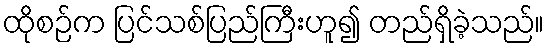
ထိုစဉ်က ပြင်သစ်ပြည်ကြီးဟူ၍ တည်ရှိခဲ့သည်။